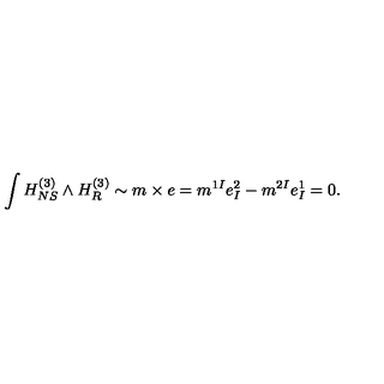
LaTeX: \int H _ { N S } ^ { ( 3 ) } \wedge H _ { R } ^ { ( 3 ) } \sim m \times e = m ^ { 1 I } e _ { I } ^ { 2 } - m ^ { 2 I } e _ { I } ^ { 1 } = 0 .